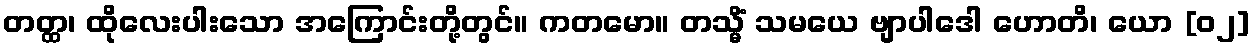
တတ္ထ၊ ထိုလေးပါးသော အကြောင်းတို့တွင်။ ကတမော။ တသ္မိံ သမယေ ဗျာပါဒေါ ဟောတိ၊ ယော [၀၂]